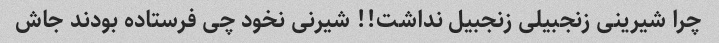
چرا شیرینی زنجبیلی زنجبیل نداشت!! شیرنی نخود چی فرستاده بودند جاش